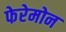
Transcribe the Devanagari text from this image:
फेरेमोन